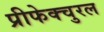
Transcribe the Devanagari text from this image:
प्रीफेक्चुरल